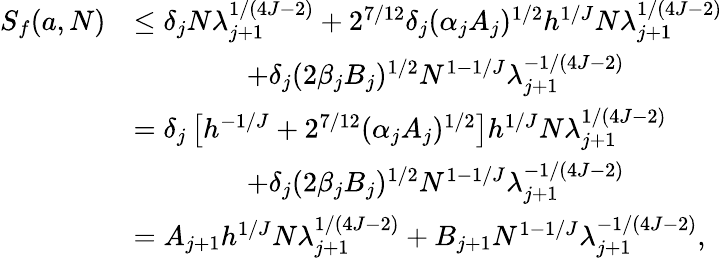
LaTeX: \begin{array}{rl}{S_{f}(a,N)}&{\le\delta_{j}N\lambda_{j+1}^{1/(4J-2)}+2^{7/12}\delta_{j}(\alpha_{j}A_{j})^{1/2}h^{1/J}N\lambda_{j+1}^{1/(4J-2)}}\\ &{\qquad\qquad+\delta_{j}(2\beta_{j}B_{j})^{1/2}N^{1-1/J}\lambda_{j+1}^{-1/(4J-2)}}\\ &{=\delta_{j}\left[h^{-1/J}+2^{7/12}(\alpha_{j}A_{j})^{1/2}\right]h^{1/J}N\lambda_{j+1}^{1/(4J-2)}}\\ &{\qquad\qquad+\delta_{j}(2\beta_{j}B_{j})^{1/2}N^{1-1/J}\lambda_{j+1}^{-1/(4J-2)}}\\ &{=A_{j+1}h^{1/J}N\lambda_{j+1}^{1/(4J-2)}+B_{j+1}N^{1-1/J}\lambda_{j+1}^{-1/(4J-2)},}\end{array}